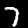
Label: 7